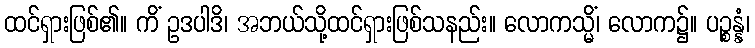
ထင်ရှားဖြစ်၏။ ကိံ ဥဒပါဒိ၊ အဘယ်သို့ထင်ရှားဖြစ်သနည်း။ လောကသ္မိံ၊ လောက၌။ ပဉ္စန္နံ၊